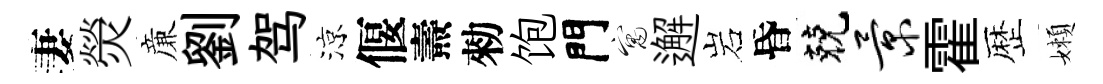
妻熒亷劉驾涼偃燾勑饱門寓邂岩昏兢景霍歴嬾